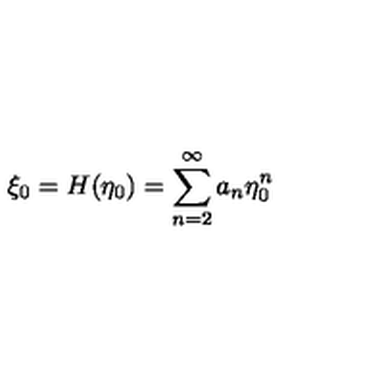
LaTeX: \xi _ { 0 } = H ( \eta _ { 0 } ) = \sum _ { n = 2 } ^ { \infty } a _ { n } \eta _ { 0 } ^ { n }